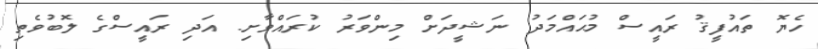
ހެޔޮ ތައުފީޤު ރައީސް މުޙައްމަދު ނަޝީދަށް މިންވަރު ކުރައްވާށި. އަދި ރައީސްގެ ލޮބުވެތި